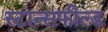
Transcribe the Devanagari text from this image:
स्टान्सफील्ड